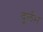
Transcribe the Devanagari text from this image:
दुर्र्लभ